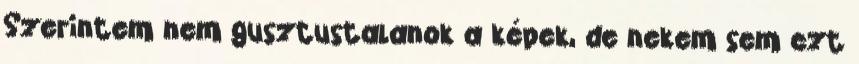
Szerintem nem gusztustalanok a képek, de nekem sem ezt